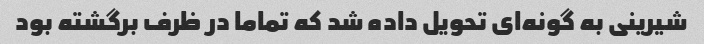
شیرینی به گونه‌ای تحویل داده شد که تماما در ظرف برگشته بود